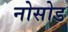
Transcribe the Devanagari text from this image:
नोसोड